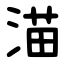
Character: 渵